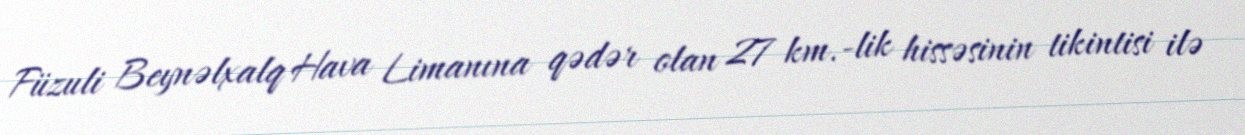
Füzuli Beynəlxalq Hava Limanına qədər olan 27 km.-lik hissəsinin tikintisi ilə